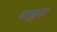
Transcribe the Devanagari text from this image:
चाङ्गतः